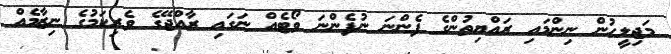
މަޖިލީހުން ނިންމައި ރައްޔިތުންގެ ފެންނަ ނުފެންނަ ވޯޓެއް ނަގައި ރާއްޖޭގެ ވެރިކަމުގެ ނިޒާމެއް